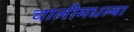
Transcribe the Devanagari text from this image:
चालीमधल्या